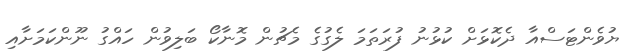
ޔުވެންޓަސްއާ ދެކޮޅަށް ކުޅުނު ފުރަތަމަ ލެގުގެ މެޗުން މޮނާކޯ ބަލިވުން ހައްގު ނޫންކަމަށާއި